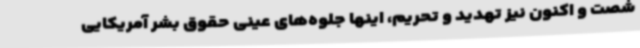
شصت و اکنون نیز تهدید و تحریم، اینها جلوه‌های عینی حقوق بشر آمریکایی